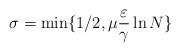
LaTeX: \begin{align*}\sigma=\min\{1/2,\mu \frac{\varepsilon}{\gamma}\ln N \}\end{align*}